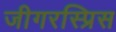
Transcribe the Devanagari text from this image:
जीगरस्प्रिस